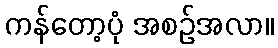
ကန်တော့ပုံ အစဉ်အလာ။